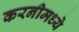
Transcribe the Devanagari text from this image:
करनीमध्ये